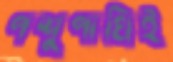
পশুপাখিই